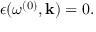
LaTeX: \epsilon ( \omega ^ { ( 0 ) } , { \bf k } ) = 0 .